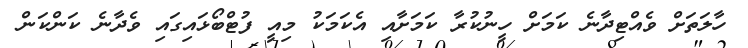
ހާލަތަށް ވެއްޓިދާނެ ކަމަށް ހީނުކުރާ ކަމަށާއި އެކަމަކު މިއީ ފުޓްބޯޅައިގައި ވެދާނެ ކަންކަން